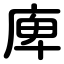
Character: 庳